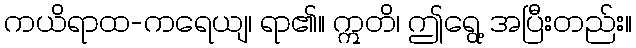
ကယိရာထ-ကရေယျ၊ ရာ၏။ ဣတိ၊ ဤရွေ့ အပြီးတည်း။